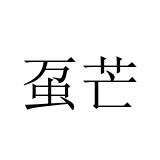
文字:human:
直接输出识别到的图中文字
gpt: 虿芒